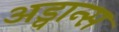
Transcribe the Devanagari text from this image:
अड्वान्स